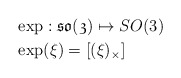
\begin{align*}&\exp : \mathfrak{so(3)}\mapsto SO(3)\\ &\exp(\xi)= [(\xi)_\times]\end{align*}